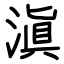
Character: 滇